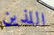
اللذين